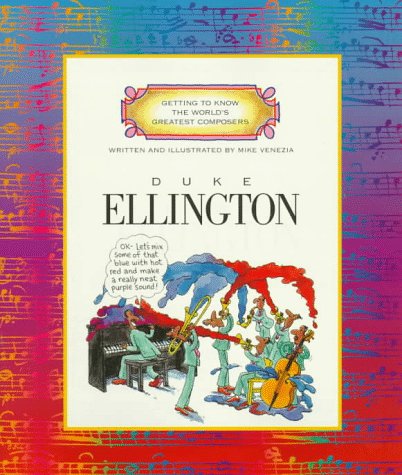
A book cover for Duke Ellington (Getting to Know the World's Greatest Composers); Mike Venezia; Children's Books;